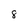
Character: 8